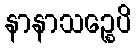
နာနာသဉ္စေပိ